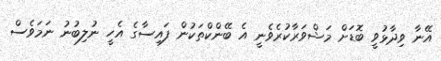
އޭނާ ވިދާޅުވީ ބޮޑަށް މަޝްވަރާކުރެވެނީ އެ ބޭންކްތަކުން ފައިސާގެ އެހީ ނުލިބުނު ނަމަވެސް